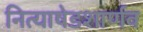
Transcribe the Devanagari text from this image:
नित्याषेडशार्णव